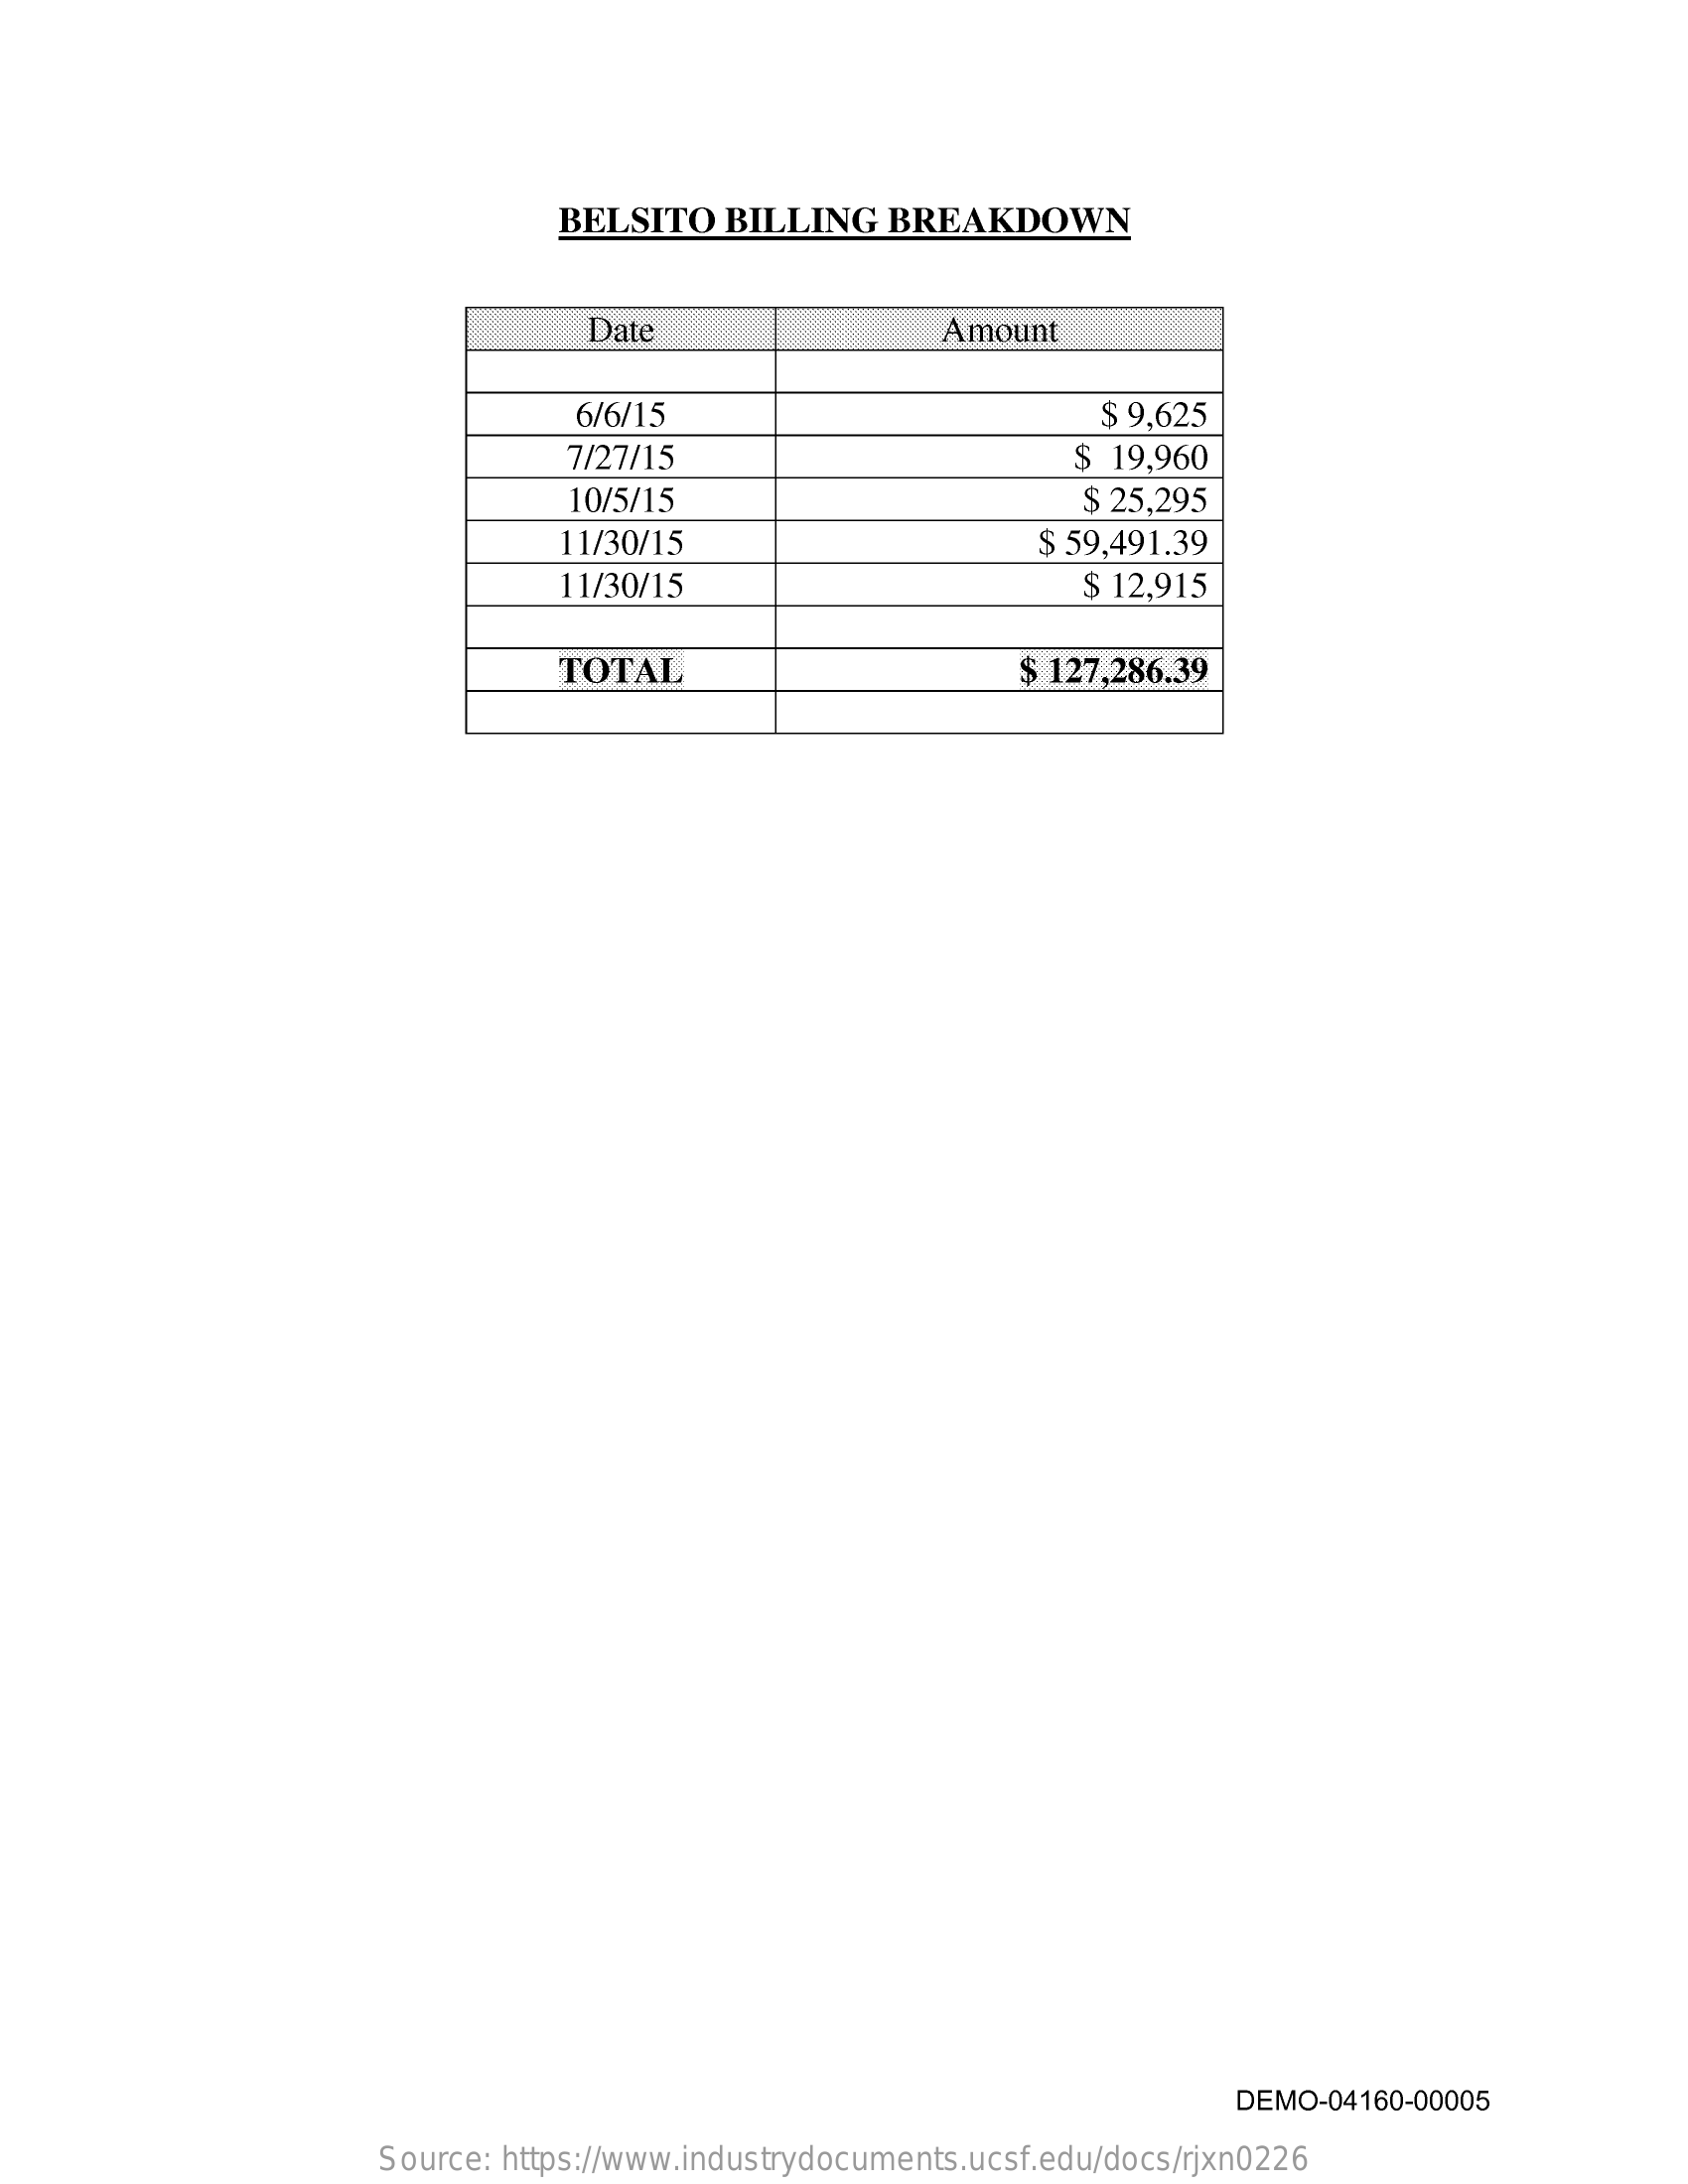
BELSITO   BILLING   BREAKDOWN
     Date    Amount
     6/6/15    $ 9,625
     7/27/15    $ 19,960
     10/5/15    $ 25,295
     11/30/15    $ 59,491.39
     11/30/15    $ 12,915
     TOTAL    $ 127,286.39
     DEMO-04160-00005
     Source: https://www.industrydocuments.ucsf.edu/docs/rjxn0226